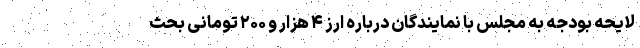
لایحه بودجه به مجلس با نمایندگان درباره ارز ۴ هزار و ۲۰۰ تومانی بحث